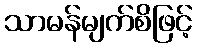
သာမန်မျက်စိဖြင့်